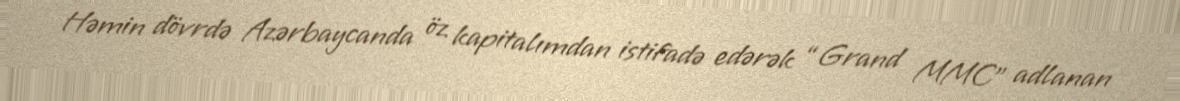
Həmin dövrdə Azərbaycanda öz kapitalımdan istifadə edərək “Grand MMC” adlanan